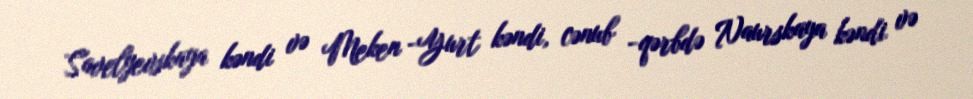
Savelyevskaya kəndi və Meken -Yurt kəndi, cənub -qərbdə Naurskaya kəndi və